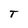
Character: T